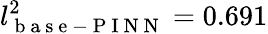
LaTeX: l_{\mathrm{~b~a~s~e~-~P~I~N~N~}}^{2}=0.691